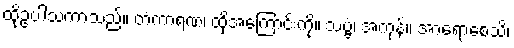
ထိုဥပါသကာသည်။ တံကာရဏံ၊ ထိုအကြောင်းကို။ သဗ္ဗံ၊ အကုန်။ အာရောစေသိ၊